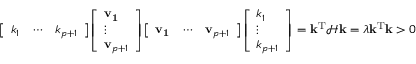
{ \left[ \begin{array} { l l l } { k _ { 1 } } & { \cdots } & { k _ { p + 1 } } \end{array} \right] } { \left[ \begin{array} { l } { \mathbf { v _ { 1 } } } \\ { \vdots } \\ { \mathbf { v } _ { p + 1 } } \end{array} \right] } { \left[ \begin{array} { l l l } { \mathbf { v _ { 1 } } } & { \cdots } & { \mathbf { v } _ { p + 1 } } \end{array} \right] } { \left[ \begin{array} { l } { k _ { 1 } } \\ { \vdots } \\ { k _ { p + 1 } } \end{array} \right] } = \mathbf { k } ^ { \operatorname { T } } { \mathcal { H } } \mathbf { k } = \lambda \mathbf { k } ^ { \operatorname { T } } \mathbf { k } > 0